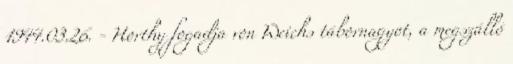
1944.03.26. - Horthy fogadja von Weichs tábornagyot, a megszálló